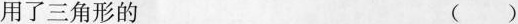
用了三角形的 ()